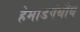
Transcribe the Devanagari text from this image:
हेमाडपंथीय